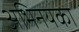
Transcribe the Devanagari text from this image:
अभिनयका